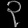
Digit: ၃